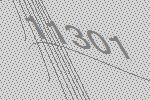
11301